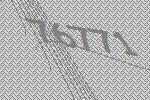
76771